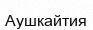
Аушкайтия